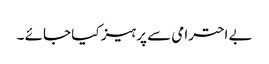
بے احترامی سے پرہیز کیا جائے ۔